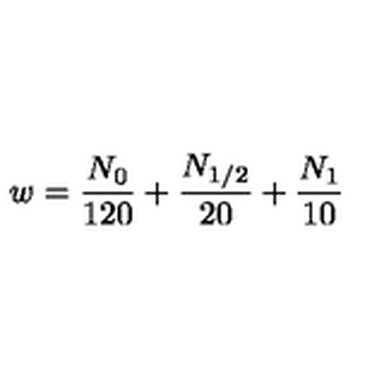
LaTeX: w = \frac { N _ { 0 } } { 1 2 0 } + \frac { N _ { 1 / 2 } } { 2 0 } + \frac { N _ { 1 } } { 1 0 }